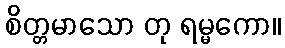
စိတ္တမာသော တု ရမ္မကော။